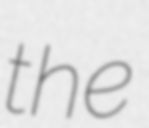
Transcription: the